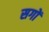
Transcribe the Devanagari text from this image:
सगों